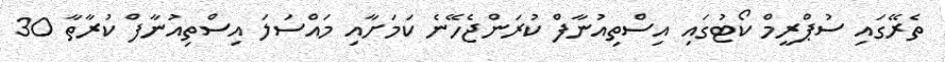
ތެރޭގައި ސުޕްރީމް ކޯޓުގައި އިސްތިއުނާފް ކުރަންޖެހޭނެ ކަމަށާއި މައްސަލަ އިސްތިއުނާފް ކުރާތާ 30